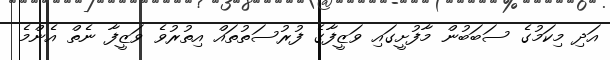
އަދި މިކަމުގެ ސަބަބުން މާފުށީގައި ވަޒީފާގެ ފުރުސަތުތައް އިތުރުވެ ވަޒީފާ ނެތް އެންމެ